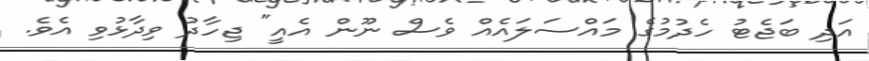
އަދި ބަޖެޓު ހެދުމުގެ މައްސަލައެއް ވެސް ނޫން އެއީ" ޖިހާދު ވިދާޅުވި އެވެ.